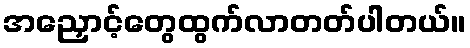
အညှောင့်တွေထွက်လာတတ်ပါတယ်။